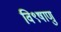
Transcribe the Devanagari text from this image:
वि९षाणु